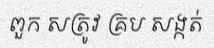
ពួក សត្រូវ គ្រប សង្កត់